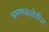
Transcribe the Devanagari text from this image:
भ्रमणकक्षेतील